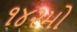
૧૪૨મો